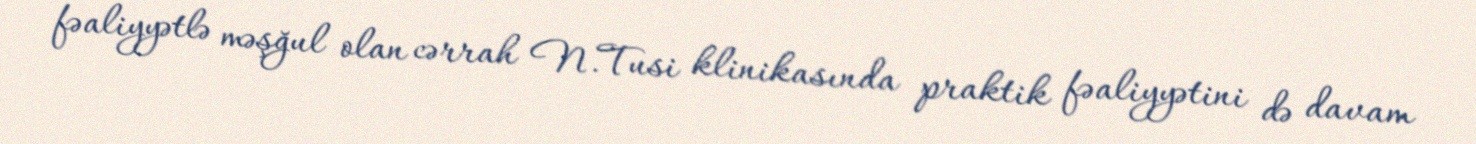
fəaliyyətlə məşğul olan cərrah N.Tusi klinikasında praktik fəaliyyətini də davam